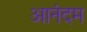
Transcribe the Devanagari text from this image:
आनंदम